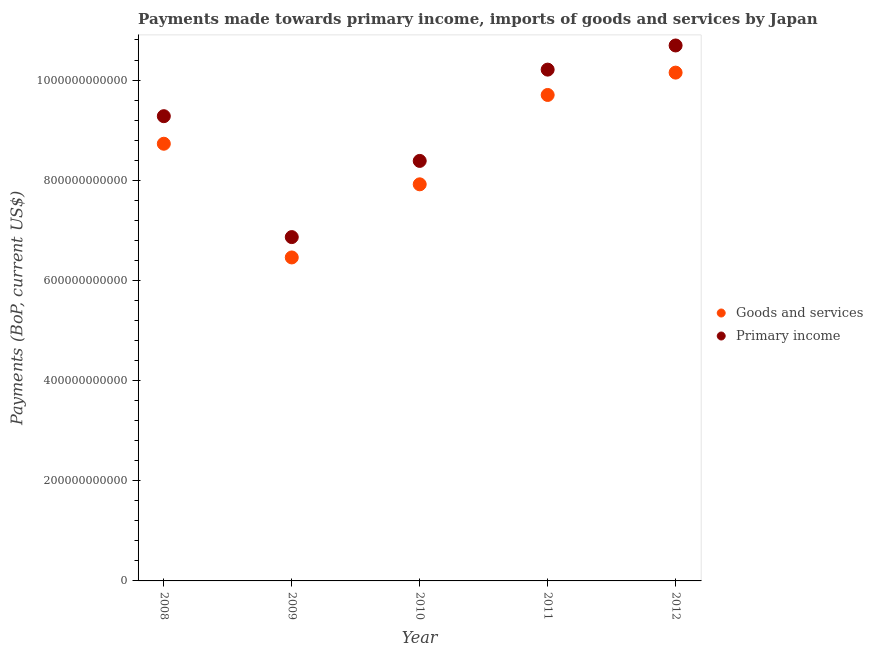
| Year | Goods and services | Primary income |
 | --- | --- | --- |
 | 2008 | 8.73e+11 | 9.28e+11 |
 | 2009 | 6.46e+11 | 6.86e+11 |
 | 2010 | 7.92e+11 | 8.39e+11 |
 | 2011 | 9.7e+11 | 1.02e+12 |
 | 2012 | 1.01e+12 | 1.07e+12 |